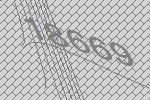
18669